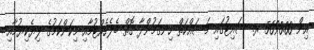
އިން 5690.00 ރ. ސައިޓުގައި މަސައްކަތް ހިނގަމުންދާ ގޮތް ބެލެހެއްޓުމާއި މިކަންކަމުގެ ލިޔެކިޔުމާއި